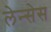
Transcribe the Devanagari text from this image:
लेन्सेस